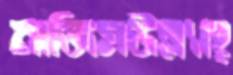
নাজিমউল্ল্যাহ্